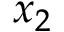
x _ { 2 }